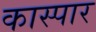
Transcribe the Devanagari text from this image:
कास्पार